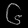
Digit: ၆